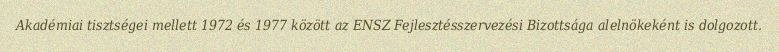
Akadémiai tisztségei mellett 1972 és 1977 között az ENSZ Fejlesztésszervezési Bizottsága alelnökeként is dolgozott.